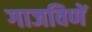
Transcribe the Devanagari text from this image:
गाजविणें